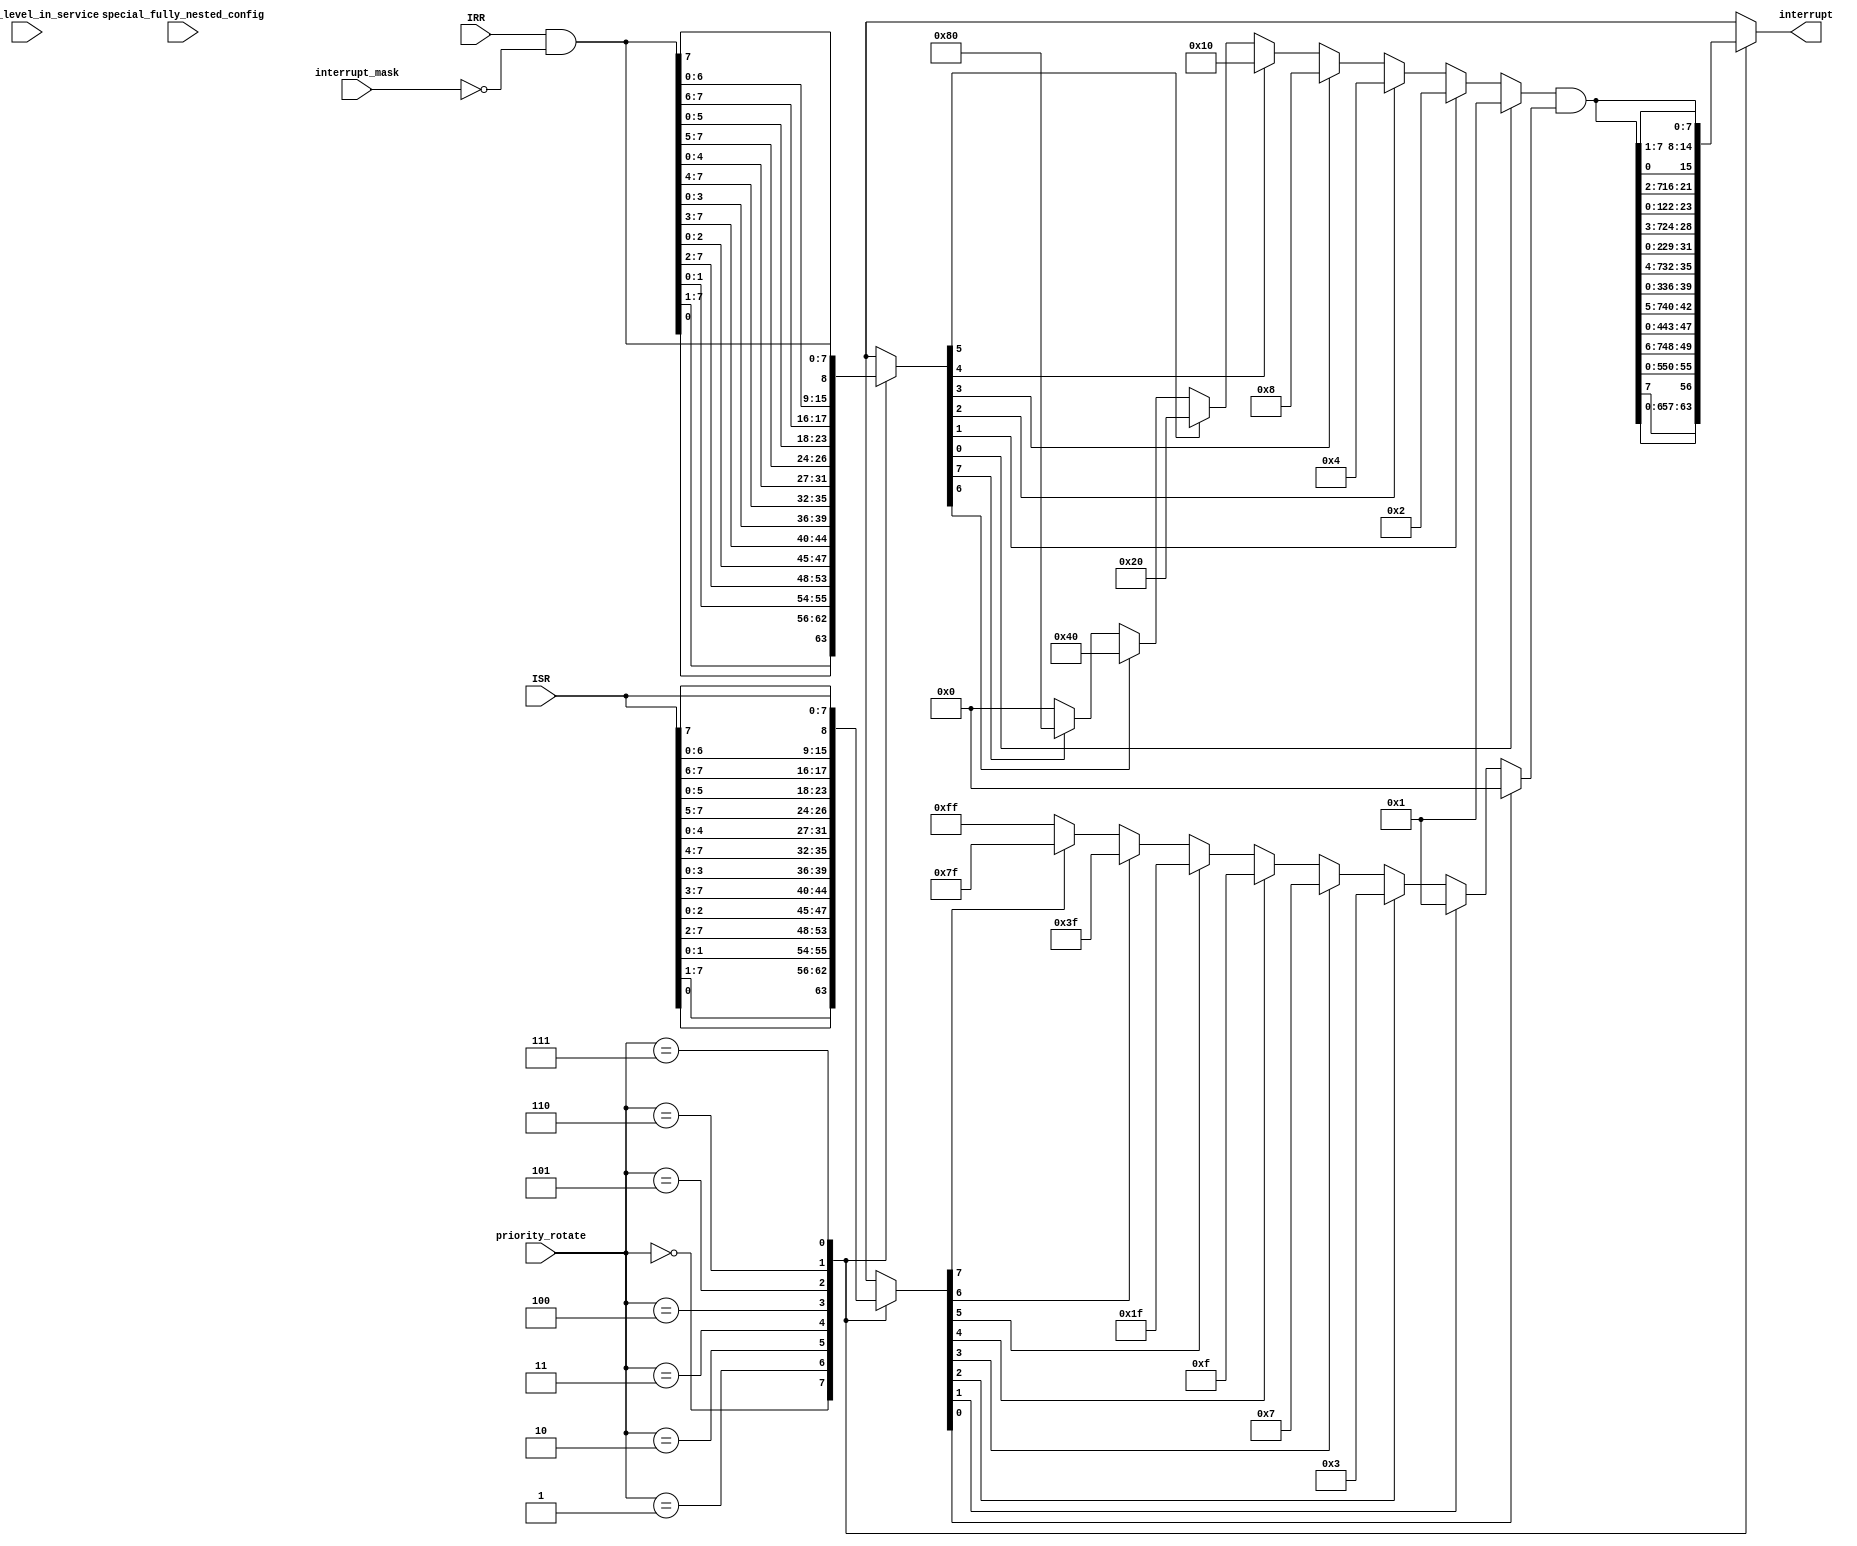
module priority_resolver(
    input [2:0] priority_rotate,
    input [7:0] interrupt_mask,
    input       special_fully_nested_config,
    input [7:0] highest_level_in_service,


    input [7:0] IRR,
    input [7:0] ISR,

    output reg [7:0] interrupt

);
	
	reg [7:0] masked_IRR ;
	
	always@* begin
		masked_IRR = IRR & ~ interrupt_mask;
	end
	
	reg [7:0] rotated_IRR;
    reg [7:0] rotated_ISR;
    reg [7:0] rotated_highest_level_in_service;
    reg [7:0] priority_mask;
    reg [7:0] rotated_interrupt;
	
	always@* begin
		rotated_IRR = rotate_right(masked_IRR,priority_rotate);
		rotated_highest_level_in_service = rotate_right(highest_level_in_service,priority_rotate);
		rotated_ISR = rotate_right(ISR,priority_rotate);
	
	end
	
	
	always@* begin
        if      (rotated_ISR[0] == 1'b1) priority_mask = 8'b00000000;
        else if (rotated_ISR[1] == 1'b1) priority_mask = 8'b00000001;
        else if (rotated_ISR[2] == 1'b1) priority_mask = 8'b00000011;
        else if (rotated_ISR[3] == 1'b1) priority_mask = 8'b00000111;
        else if (rotated_ISR[4] == 1'b1) priority_mask = 8'b00001111;
        else if (rotated_ISR[5] == 1'b1) priority_mask = 8'b00011111;
        else if (rotated_ISR[6] == 1'b1) priority_mask = 8'b00111111;
        else if (rotated_ISR[7] == 1'b1) priority_mask = 8'b01111111;
        else                             priority_mask = 8'b11111111;
    end
	
	
	
	always@* begin
		rotated_interrupt = resolv_priority(rotated_IRR) & priority_mask;
		interrupt = rotate_left(rotated_interrupt,priority_rotate);
	end


	/*---------------------------------------------------------------------	
Helper functions to find the highest priority interrupt after rotation
----------------------------------------------------------------------*/

function [7:0] rotate_right(input [7:0] source, input [2:0] rotate);
    case (rotate)
		3'b000:  rotate_right = { source[0],   source[7:1] };
        3'b001:  rotate_right = { source[1:0], source[7:2] };
        3'b010:  rotate_right = { source[2:0], source[7:3] };
        3'b011:  rotate_right = { source[3:0], source[7:4] };
        3'b100:  rotate_right = { source[4:0], source[7:5] };
        3'b101:  rotate_right = { source[5:0], source[7:6] };
        3'b110:  rotate_right = { source[6:0], source[7]   };
        3'b111:  rotate_right = source;
        default: rotate_right = source;
    endcase
  endfunction
  
  
  function [7:0] rotate_left(input [7:0] source, input [2:0] rotate);
    case (rotate)
         3'b000:  rotate_left = { source[6:0], source[7]   };
         3'b001:  rotate_left = { source[5:0], source[7:6] };
         3'b010:  rotate_left = { source[4:0], source[7:5] };
         3'b011:  rotate_left = { source[3:0], source[7:4] };
         3'b100:  rotate_left = { source[2:0], source[7:3] };
         3'b101:  rotate_left = { source[1:0], source[7:2] };
         3'b110:  rotate_left = { source[0],   source[7:1] };
         3'b111:  rotate_left = source;
         default: rotate_left = source;
    endcase
  endfunction
  
  
  
  function [7:0] resolv_priority(input [7:0] request);
        if      (request[0] == 1'b1)    resolv_priority = 8'b00000001;
        else if (request[1] == 1'b1)    resolv_priority = 8'b00000010;
        else if (request[2] == 1'b1)    resolv_priority = 8'b00000100;
        else if (request[3] == 1'b1)    resolv_priority = 8'b00001000;
        else if (request[4] == 1'b1)    resolv_priority = 8'b00010000;
        else if (request[5] == 1'b1)    resolv_priority = 8'b00100000;
        else if (request[6] == 1'b1)    resolv_priority = 8'b01000000;
        else if (request[7] == 1'b1)    resolv_priority = 8'b10000000;
        else                            resolv_priority = 8'b00000000;
  endfunction





endmodule